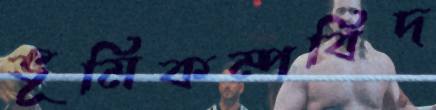
ভূমিকম্পবিদ